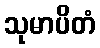
သုမာပိတံ